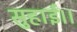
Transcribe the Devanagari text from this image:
सुहाई।।